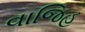
વાજિહ